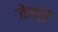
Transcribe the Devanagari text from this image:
जेलरों